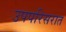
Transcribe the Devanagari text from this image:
उपपरिसरात